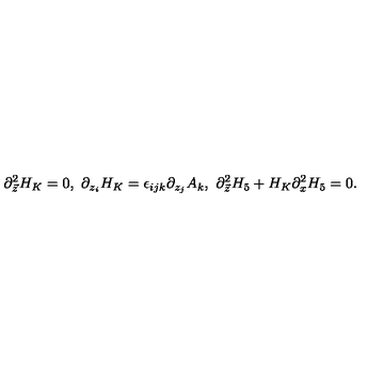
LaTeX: \partial _ { \vec { z } } ^ { 2 } H _ { K } = 0 , \ \partial _ { z _ { i } } H _ { K } = \epsilon _ { i j k } \partial _ { z _ { j } } A _ { k } , \ \partial _ { \vec { z } } ^ { 2 } H _ { 5 } + H _ { K } \partial _ { x } ^ { 2 } H _ { 5 } = 0 .